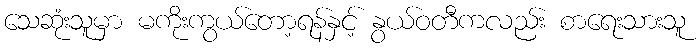
သေဆုံးသူမှာ မကိုးကွယ်တော့ရန်နှင့် နွယ်ဝတီကလည်း စာရေးသားသူ